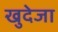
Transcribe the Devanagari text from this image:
खुदेजा